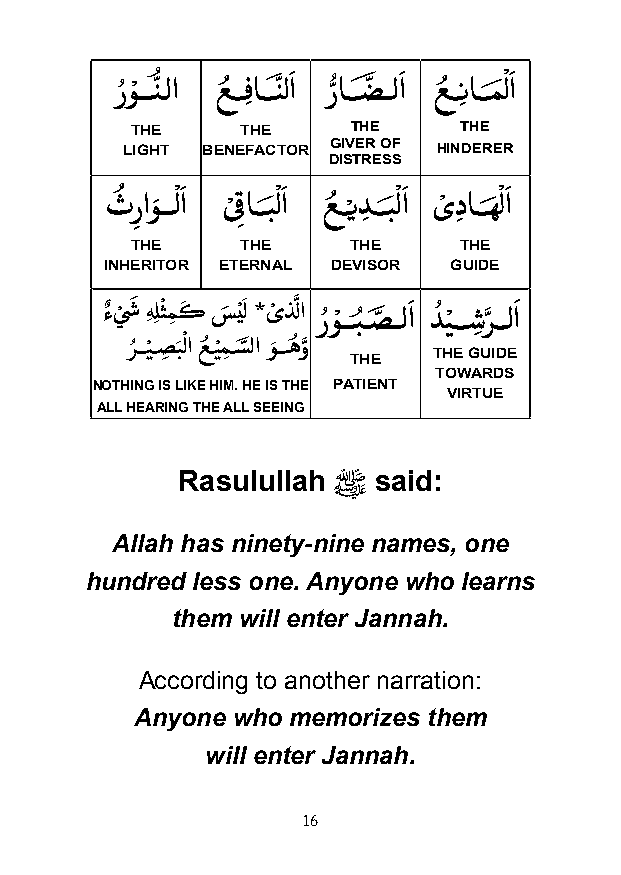
رُوْ ـــنُّ ـلا عُ ـــِفاـــنَّ لاَ رُّ اـــضَّ ــلاَ عُ ـــِناـــمَ ْ لاَ
 THE    THE    THE    THE
 LIGHT BENEFACTOR GIVER OF HINDERER
 DISTRESS
 ثُ ر ِ اوَ ـــْ لاَ ى ْ ِقاـــبَ ْ لاَ عُ ــْـيدِ ـــبَ ْ لاَ ىْ دِ اـــهَ ْ لاَ
 THE    THE    THE    THE
 INHERITOR ETERNAL DEVISOR GUIDE
 ءٌ يْ شَ ِهِلثْمِ كَ سَ يَْ ل *ىْ ذلَّ ا رُوْ ـــبُ ـصَّ ــلاَ دُ يْ ـــشِ رَّ ـــلاَ
 رُ ــيْـصِ بَْ لا عُ ـيْمِ ـسَّ لا وَـــهُوَّ
 THE   THE GUIDE
 TOWARDS
 NOTHING IS LIKE HIM. HE IS THE PATIENT
 VIRTUE
 ALL HEARING THE ALL SEEING
 Rasulullah ﷺ said:
 Allah has ninety-nine names, one
 hundred less one. Anyone who learns
 them will enter Jannah.
 According to another narration:
 Anyone who memorizes them
 will enter Jannah.
 16